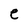
Character: e